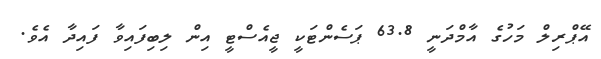
އޭޕްރިލް މަހުގެ އާމްދަނީ 63.8 ޕަސެންޓަކީ ޖީއެސްޓީ އިން ލިބިފައިވާ ފައިދާ އެވެ.